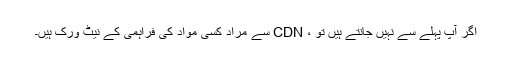
اگر آپ پہلے سے نہیں جانتے ہیں تو ، CDN سے مراد کسی مواد کی فراہمی کے نیٹ ورک ہیں۔